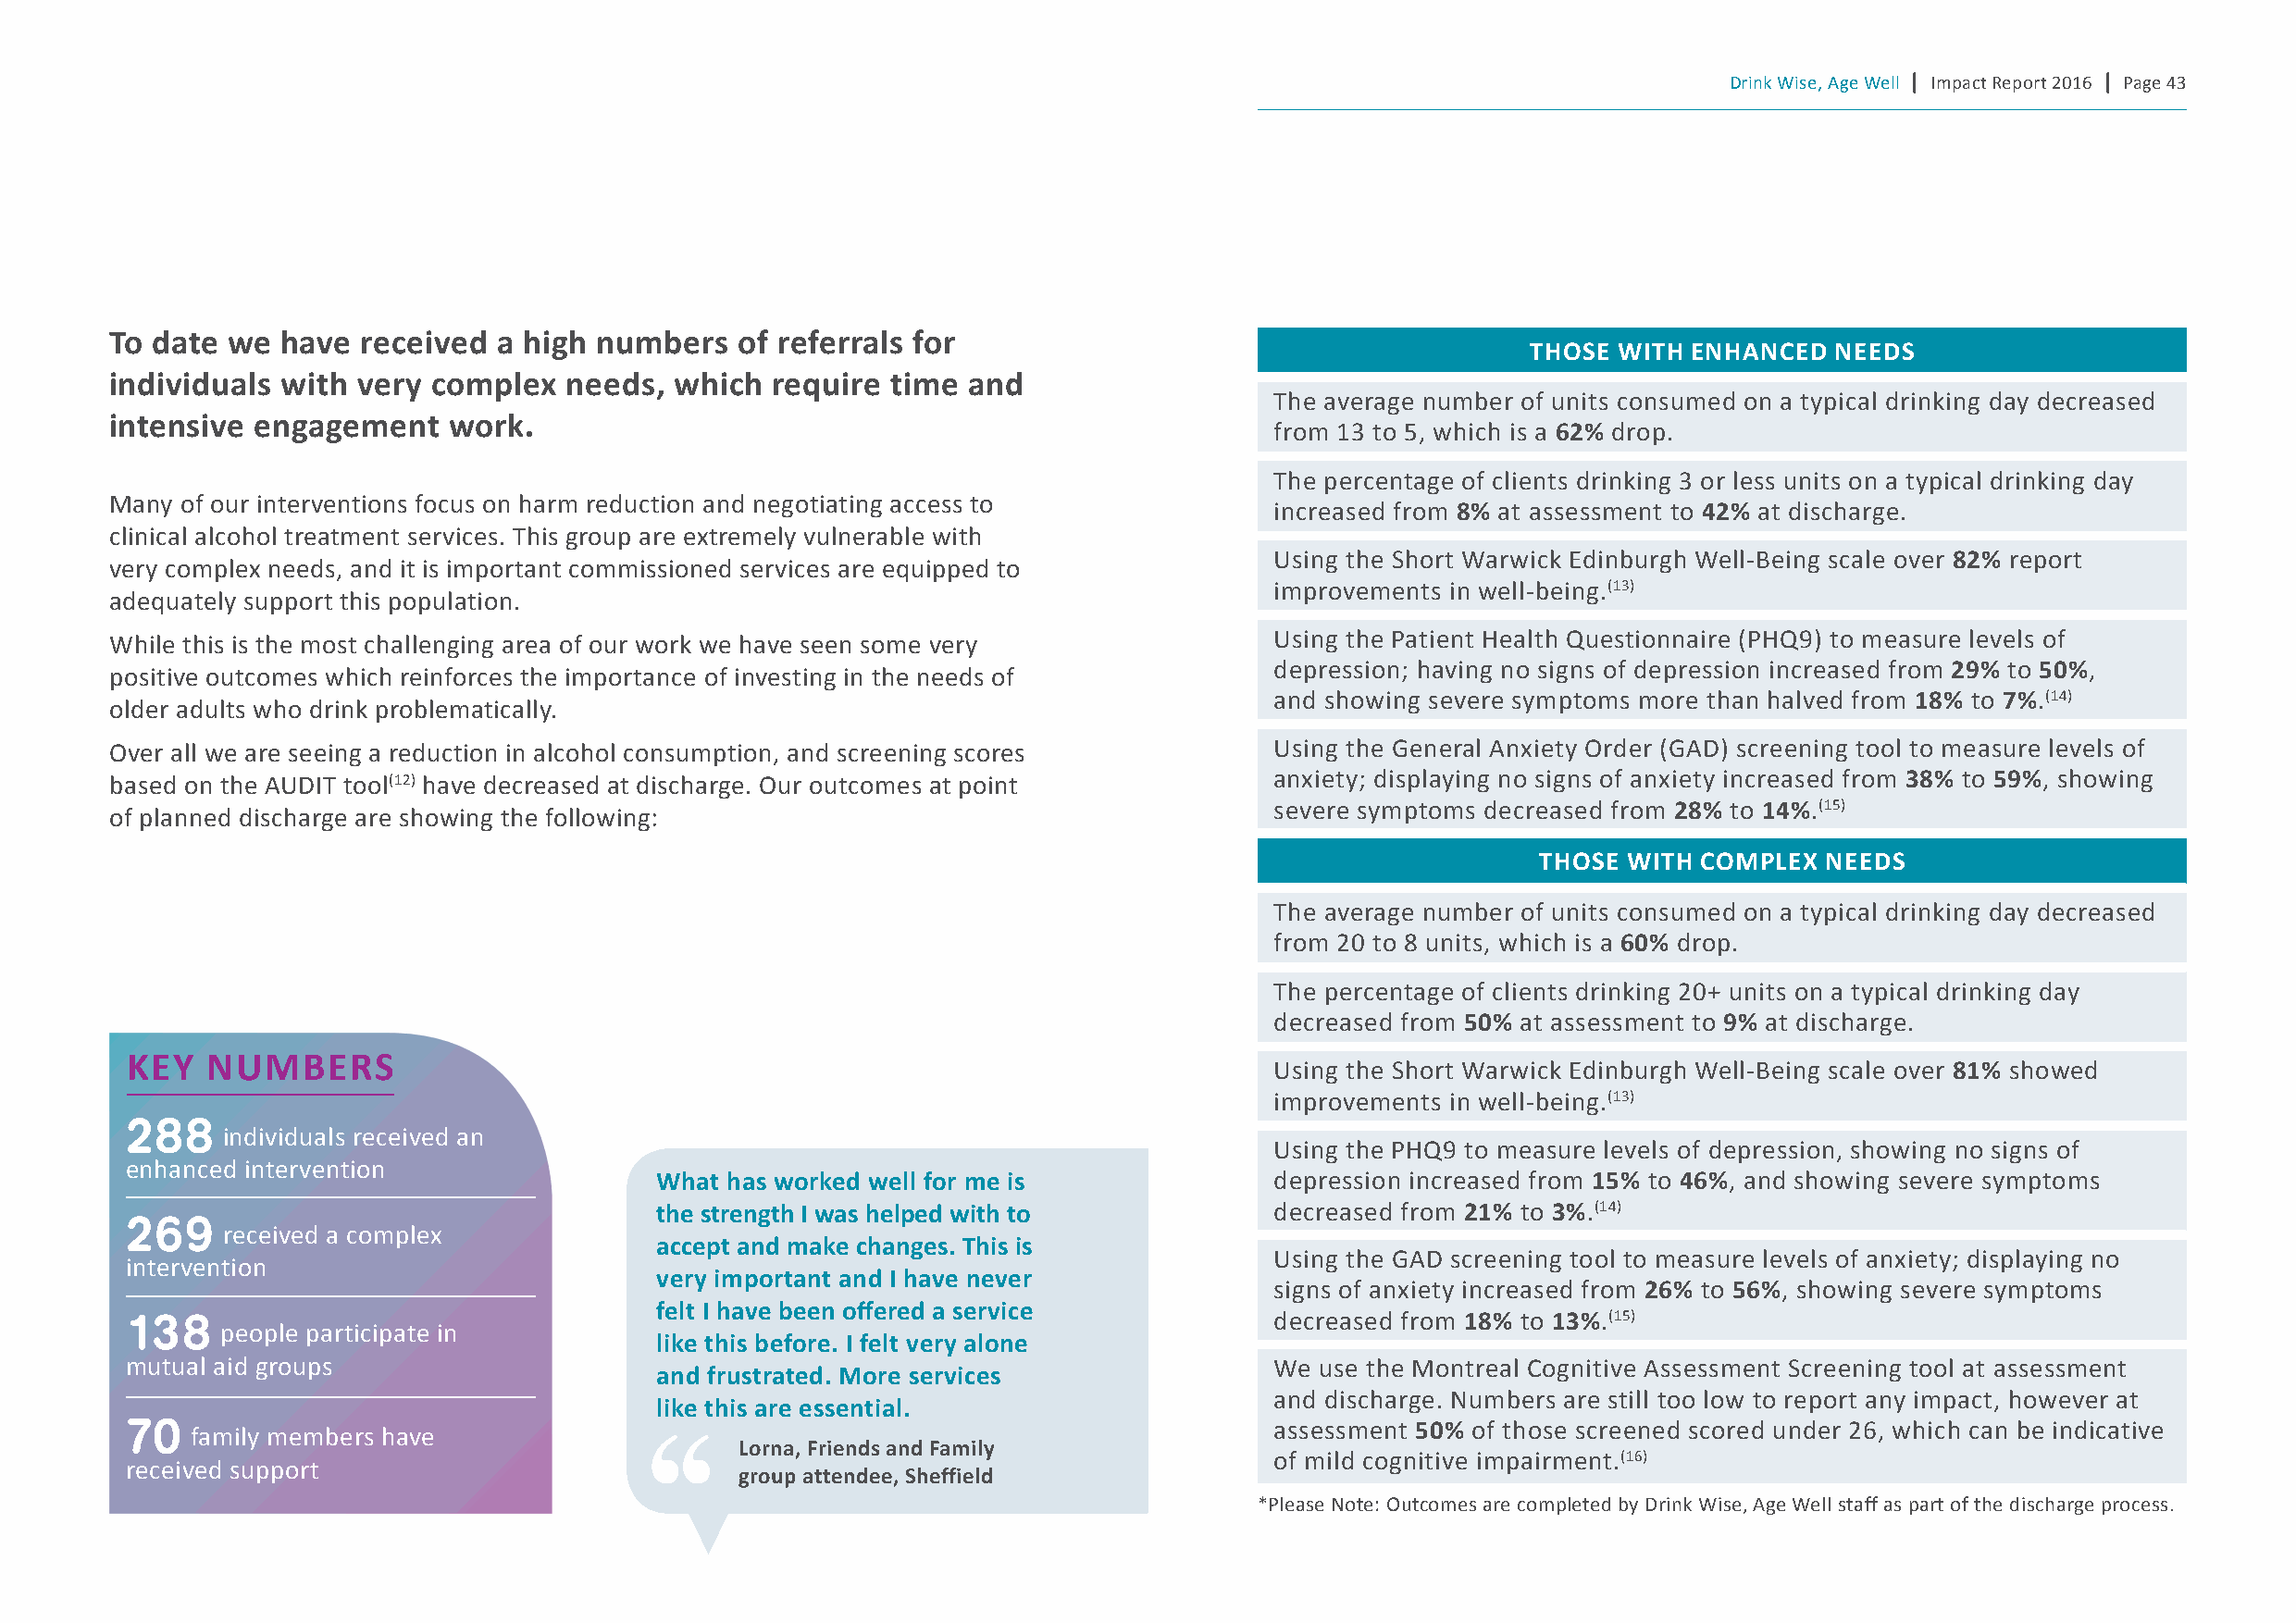
Drink Wise, Age Well | Impact Report 2016 | Page 43
 to date we  have  received  a high numbers   of referrals for
 thOse wIth enhanced   needs
 individuals with  very complex   needs, which  require  time and
 The average number of units consumed on a typical drinking day decreased
 intensive engagement    work.
 from 13 to 5, which is a 62% drop.
 The percentage of clients drinking 3 or less units on a typical drinking day
 Many of our interventions focus on harm reduction and negotiating access to
 increased from 8% at assessment to 42% at discharge.
 clinical alcohol treatment services. This group are extremely vulnerable with
 Using the Short Warwick Edinburgh Well-Being scale over 82% report
 very complex needs, and it is important commissioned services are equipped to
 improvements in well-being.(13)
 adequately support this population.
 Using the Patient Health Questionnaire (PHQ9) to measure levels of
 While this is the most challenging area of our work we have seen some very
 depression; having no signs of depression increased from 29% to 50%,
 positive outcomes which reinforces the importance of investing in the needs of
 and showing severe symptoms more than halved from 18% to 7%.(14)
 older adults who drink problematically.
 Over all we are seeing a reduction in alcohol consumption, and screening scores    Using the General Anxiety Order (GAD) screening tool to measure levels of
 anxiety; displaying no signs of anxiety increased from 38% to 59%, showing
 based on the AUDIT tool(12) have decreased at discharge. Our outcomes at point
 severe symptoms decreased from 28% to 14%.(15)
 of planned discharge are showing the following:
 thOse wIth c OMplex needs
 The average number of units consumed on a typical drinking day decreased
 from 20 to 8 units, which is a 60% drop.
 The percentage of clients drinking 20+ units on a typical drinking day
 decreased from 50% at assessment to 9% at discharge.
 Key   nUMBers
 Using the Short Warwick Edinburgh Well-Being scale over 81% showed
 improvements in well-being.(13)
 288
 individuals received an
 Using the PHQ9 to measure levels of depression, showing no signs of
 enhanced intervention
 what has worked well for me is              depression increased from 15% to 46%, and showing severe symptoms
 the strength I was helped with to           decreased from 21% to 3%.(14)
 269
 received a complex
 accept and make changes. this is
 Using the GAD screening tool to measure levels of anxiety; displaying no
 intervention
 very important and I have never
 signs of anxiety increased from 26% to 56%, showing severe symptoms
 felt I have been offered a service
 138                                                                               decreased from 18% to 13%.(15)
 people participate in
 like this before. I felt very alone
 mutual aid groups                                                                 We use the Montreal Cognitive Assessment Screening tool at assessment
 and frustrated. More services
 and discharge. Numbers are still too low to report any impact, however at
 like this are essential.
 70                                                                                assessment 50% of those screened scored under 26, which can be indicative
 family members have
 lorna, Friends and Family
 of mild cognitive impairment.(16)
 received support
 group attendee, sheffield
 *Please Note: Outcomes are completed by Drink Wise, Age Well staff as part of the discharge process.